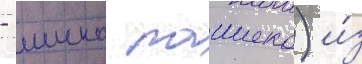
- шико пашеко) и́з